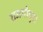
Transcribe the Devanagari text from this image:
राजगोपुरा